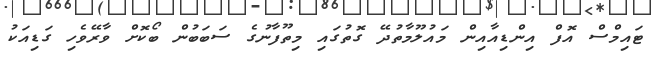
ޓައިމްސް އޮފް އިންޑިއާއިން މައުލޫމާތުދޭ ގޮތުގައި މިތޫފާނުގެ ސަބަބުން ބޯކޮށް ވާރޭވެހި ގަޑިއަކު